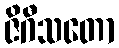
ဇိဂီသတော